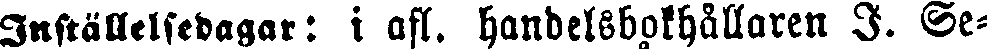
Inställelsedagar: i afl. handelsbokhållaren I. Se-